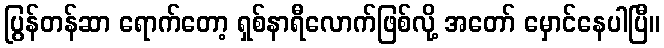
ပြွန်တန်ဆာ ရောက်တော့ ရှစ်နာရီလောက်ဖြစ်လို့ အတော် မှောင်နေပါပြီ။